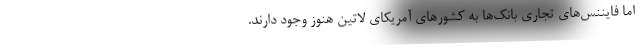
اما فایننس‌های تجاری بانک‌ها به کشورهای آمریکای لاتین هنوز وجود دارند.